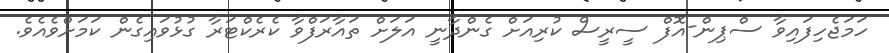
ހަމަޖެހިފައިވާ ސްޕިން-އޮފް ސީރީސް ކުރިއަށް ގެންދާނީ އަލަށް ތައާރަފްވާ ކެރެކްޓަރާ ގުޅުވައިގެން ކަމަށްވެއެވެ.